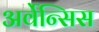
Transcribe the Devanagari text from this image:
अर्वेन्सिस